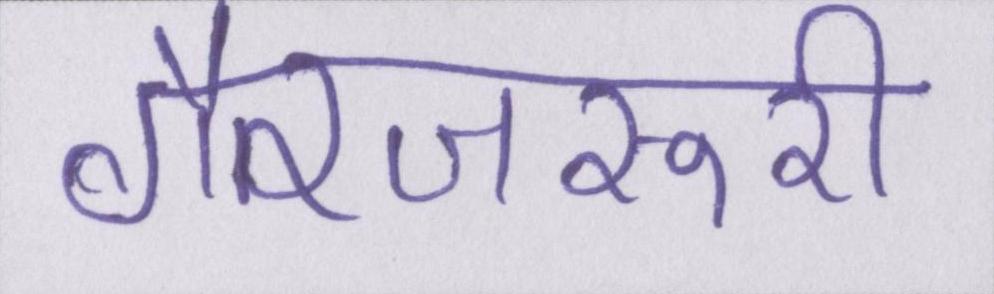
गैरजरूरी